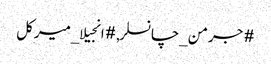
#جرمن_چانسلر, #انجیلا_میرکل